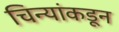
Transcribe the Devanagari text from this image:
चिन्यांकडून